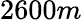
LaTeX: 2600m